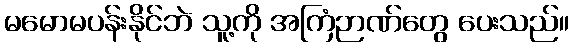
မမောမပန်းနိုင်ဘဲ သူ့ကို အကြံဉာဏ်တွေ ပေးသည်။